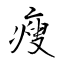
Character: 瘦